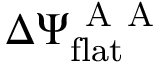
\Delta \Psi _ { \mathrm { f l a t } } ^ { \mathrm { ~ A ~ A ~ } }